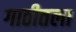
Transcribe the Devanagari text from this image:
गाठीतला